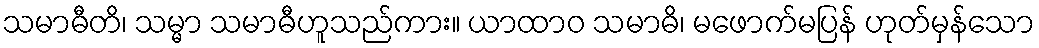
သမာဓီတိ၊ သမ္မာ သမာဓီဟူသည်ကား။ ယာထာဝ သမာဓိ၊ မဖောက်မပြန် ဟုတ်မှန်သော